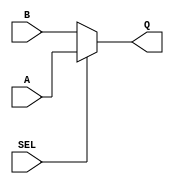
module data_selector(
    input A,
    input B,
    input SEL,
    output reg Q
    );

always @(A or B or SEL)
begin
	if (SEL) 
		Q = A;
	else
		Q = B;
end

endmodule